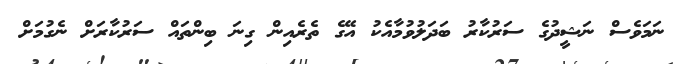
ނަމަވެސް ނަޝީދުގެ ސަރުކާރު ބަދަލުވުމާއެކު އޭގެ ތެރެއިން ގިނަ ބިންތައް ސަރުކާރަށް ނެގުމަށް